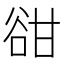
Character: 𧮳